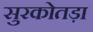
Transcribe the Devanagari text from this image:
सुरकोतड़ा